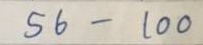
56 - 100